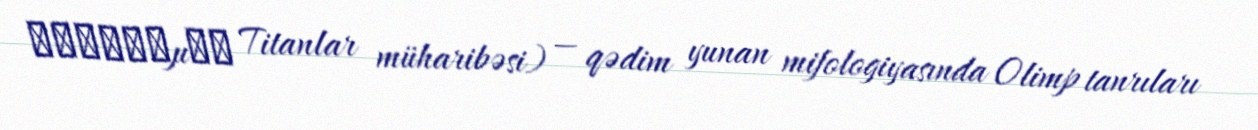
Τιτανομαχ Titanlar müharibəsi) — qədim yunan mifologiyasında Olimp tanrıları